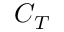
C _ { T }